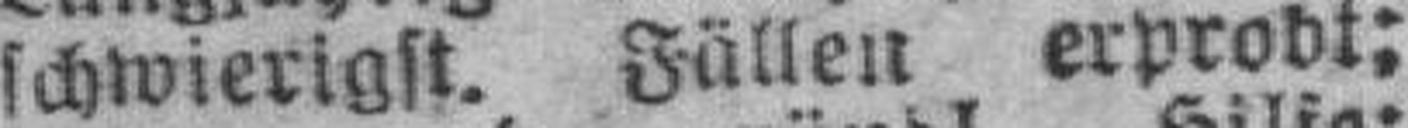
schwierigst. Fällen erprobt;